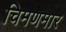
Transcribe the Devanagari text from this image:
चिमणमार